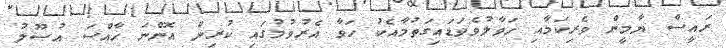
ރައީސް ޔާމީން ވެރިކަމާއި ހަވާލުވެވަޑައިގަތުމާއެކު ހަވާ އެރުވުމުގައި ކުރިން އޮންނަ ޚާއްސަ އުޞޫލު